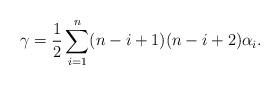
LaTeX: \begin{align*} \gamma = \frac{1}{2}\sum_{i=1}^n (n-i+1)(n-i+2)\alpha_i. \end{align*}